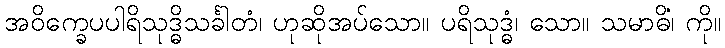
အဝိက္ခေပပါရိသုဒ္ဓိသင်္ခါတံ၊ ဟုဆိုအပ်သော။ ပရိသုဒ္ဓံ၊ သော။ သမာဓိံ၊ ကို။